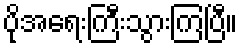
ပိုအရေးကြီးသွားကြပြီ။